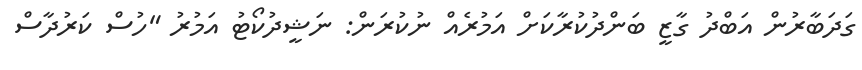
ގަދަބާރުން އަބްދު ގާޒީ ބަންދުކުރާކަށް އަމުރެއް ނުކުރަން: ނަޝީދުކޯޓު އަމުރު "ހުސް ކަރުދާސް